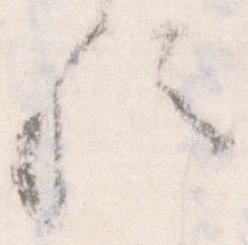
歟